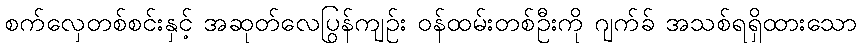
စက်လှေတစ်စင်းနှင့် အဆုတ်လေပြွန်ကျဉ်း ဝန်ထမ်းတစ်ဦးကို ဂျက်ခ် အသစ်ရရှိထားသော